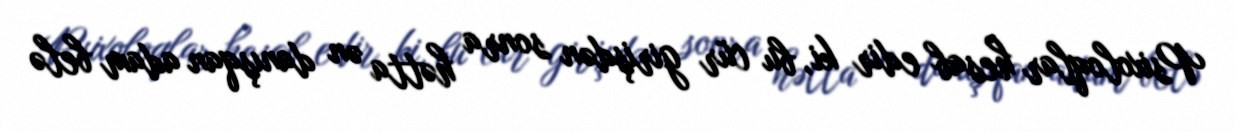
Psixoloqlar hesab edir ki, bu cür girişdən sonra hətta ən danışqan adam belə